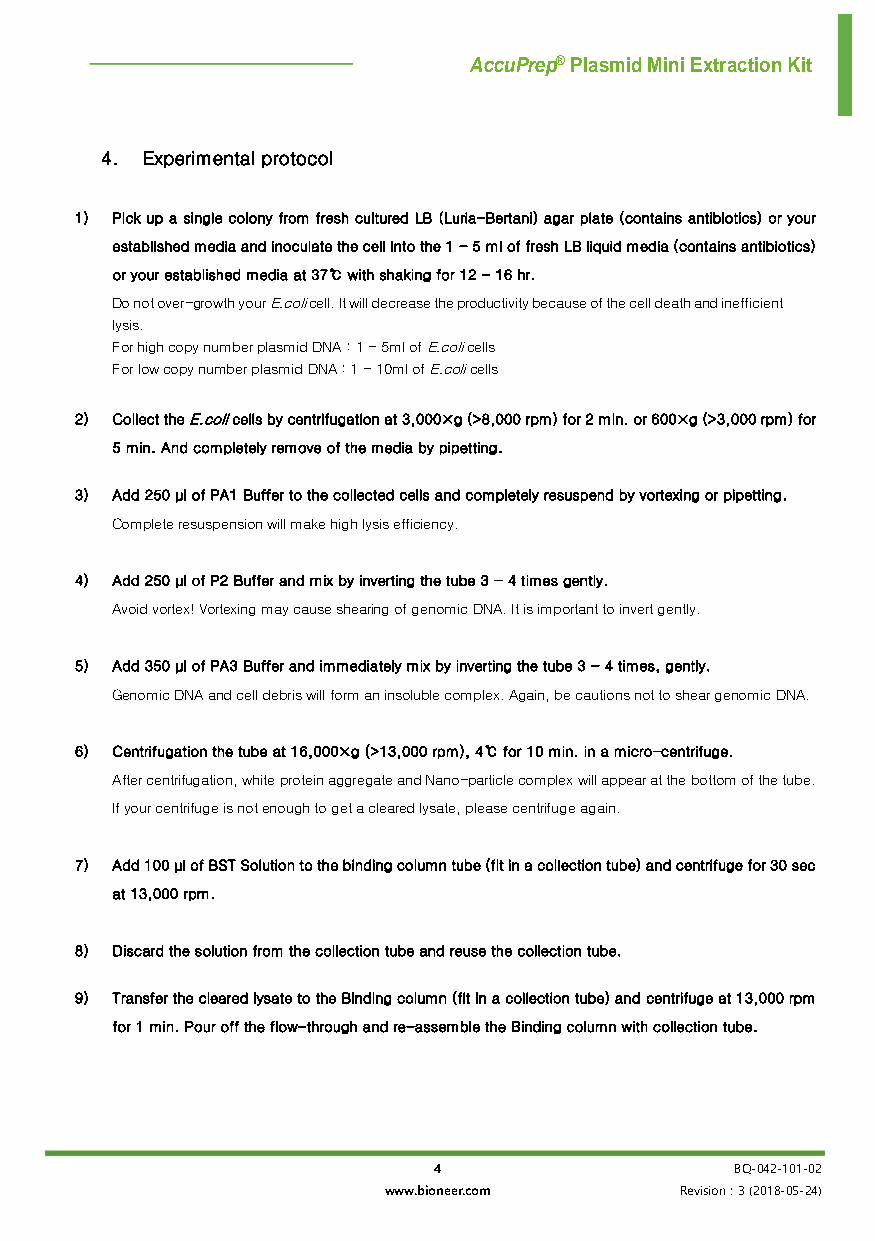
AccuPrep® Plasmid Mini Extraction Kit
 4. Experimental protocol
 1) Pick up a single colony from fresh cultured LB (Luria-Bertani) agar plate (contains antibiotics) or your
 established media and inoculate the cell into the 1 - 5 ml of fresh LB liquid media (contains antibiotics)
 or your established media at 37℃ with shaking for 12 - 16 hr.
 Do not over-growth your E.coli cell. It will decrease the productivity because of the cell death and inefficient
 lysis.
 For high copy number plasmid DNA : 1 - 5ml of E.coli cells
 For low copy number plasmid DNA : 1 - 10ml of E.coli cells
 2) Collect the E.coli cells by centrifugation at 3,000×g (>8,000 rpm) for 2 min. or 600×g (>3,000 rpm) for
 5 min. And completely remove of the media by pipetting.
 3) Add 250 μl of PA1 Buffer to the collected cells and completely resuspend by vortexing or pipetting.
 Complete resuspension will make high lysis efficiency.
 4) Add 250 μl of P2 Buffer and mix by inverting the tube 3 - 4 times gently.
 Avoid vortex! Vortexing may cause shearing of genomic DNA. It is important to invert gently.
 5) Add 350 μl of PA3 Buffer and immediately mix by inverting the tube 3 - 4 times, gently.
 Genomic DNA and cell debris will form an insoluble complex. Again, be cautions not to shear genomic DNA.
 6) Centrifugation the tube at 16,000×g (>13,000 rpm), 4℃ for 10 min. in a micro-centrifuge.
 After centrifugation, white protein aggregate and Nano-particle complex will appear at the bottom of the tube.
 If your centrifuge is not enough to get a cleared lysate, please centrifuge again.
 7) Add 100 μl of BST Solution to the binding column tube (fit in a collection tube) and centrifuge for 30 sec
 at 13,000 rpm.
 8) Discard the solution from the collection tube and reuse the collection tube.
 9) Transfer the cleared lysate to the Binding column (fit in a collection tube) and centrifuge at 13,000 rpm
 for 1 min. Pour off the flow-through and re-assemble the Binding column with collection tube.
 4                   BQ-042-101-02
 www.bioneer.com     Revision : 3 (2018-05-24)